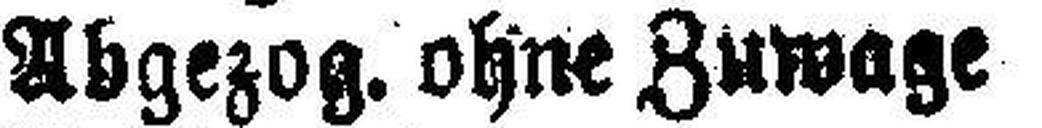
Abgezog. ohne Zuwaze